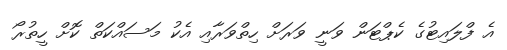
އެ ފްލައިޓުގެ ކެޕްޓަން ވަނީ ވަރަށް ހިތްވަރާއި އެކު މަސައްކަތް ކޮށް ހީތުރޯ